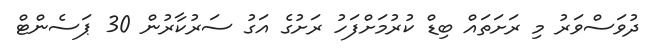
ދުވަސްވަރު މި ރަށަތައް ބިޑް ކުރުމަށްފަހު ރަށުގެ އަގު ސަރުކާރުން 30 ޕަސެންޓް